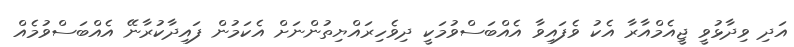
އަދި ވިދާޅުވީ ޖީއެމްއާރާ އެކު ވެފައިވާ އެއްބަސްވުމަކީ ދިވެހިރައްޔިތުންނަށް އެކަމުން ފައިދާކުރާނޭ އެއްބަސްވުމެއް